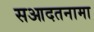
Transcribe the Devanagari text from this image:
सआदतनामा